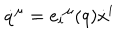
LaTeX: \dot { q } ^ { \mu } = e _ { i } { } ^ { \mu } ( q ) \dot { x } ^ { i }